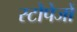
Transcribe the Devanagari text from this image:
स्टोपेजों